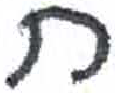
אות: ח